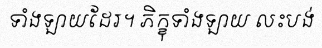
ទាំងឡាយដែរ។ ភិក្ខុទាំងឡាយ លះបង់